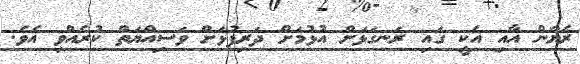
ރެޔާން އާއި އެކީ ގައި ރަނގަޅަށް އުޅުމަށް ދަރިފުޅަށް ވަސިއްޔަތް ކުރެއްވި އެވެ.